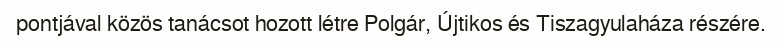
pontjával közös tanácsot hozott létre Polgár, Újtikos és Tiszagyulaháza részére.